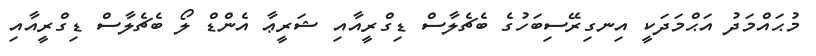
މުޙައްމަދު އަޙްމަދަކީ އިނގިރޭސިބަހުގެ ބެޗެލާސް ޑިގްރީއާއި ޝަރީޢާ އެންޑް ލޯ ބެޗެލާސް ޑިގްރީއާއި